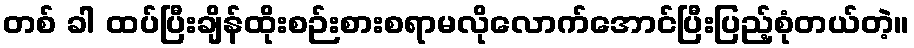
တစ် ခါ ထပ်ပြီးချိန်ထိုးစဉ်းစားစရာမလိုလောက်အောင်ပြီးပြည့်စုံတယ်တဲ့။